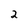
Character: 2